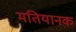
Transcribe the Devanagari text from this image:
मतियानक